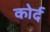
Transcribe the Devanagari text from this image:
कोर्द